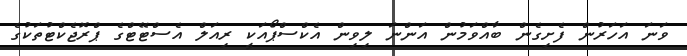
ވަނަ އަހަރުން ފެށިގެން ބާއްވަމުން އަންނަ ލިވިން އެކްސްޕޯއަކީ ރިއަލް އެސްޓޭޓްގެ ޕްރޮޖެކްޓުތަކުގެ